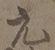
元